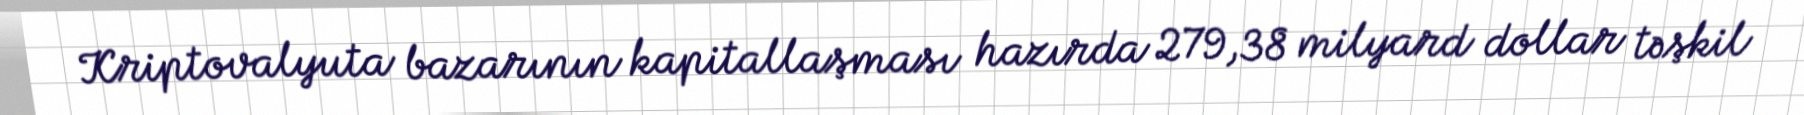
Kriptovalyuta bazarının kapitallaşması hazırda 279,38 milyard dollar təşkil